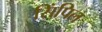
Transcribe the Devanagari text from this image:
सिंपिल